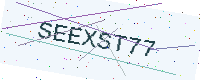
Text: SEEXST77